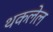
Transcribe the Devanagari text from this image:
थकलेल